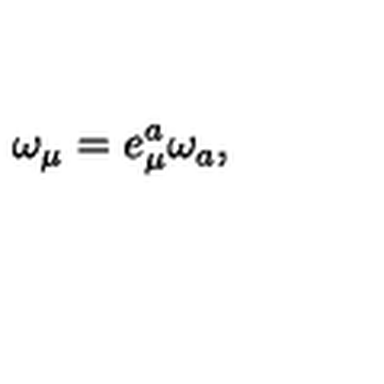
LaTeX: \omega _ { \mu } = e _ { \mu } ^ { a } \omega _ { a } { , }